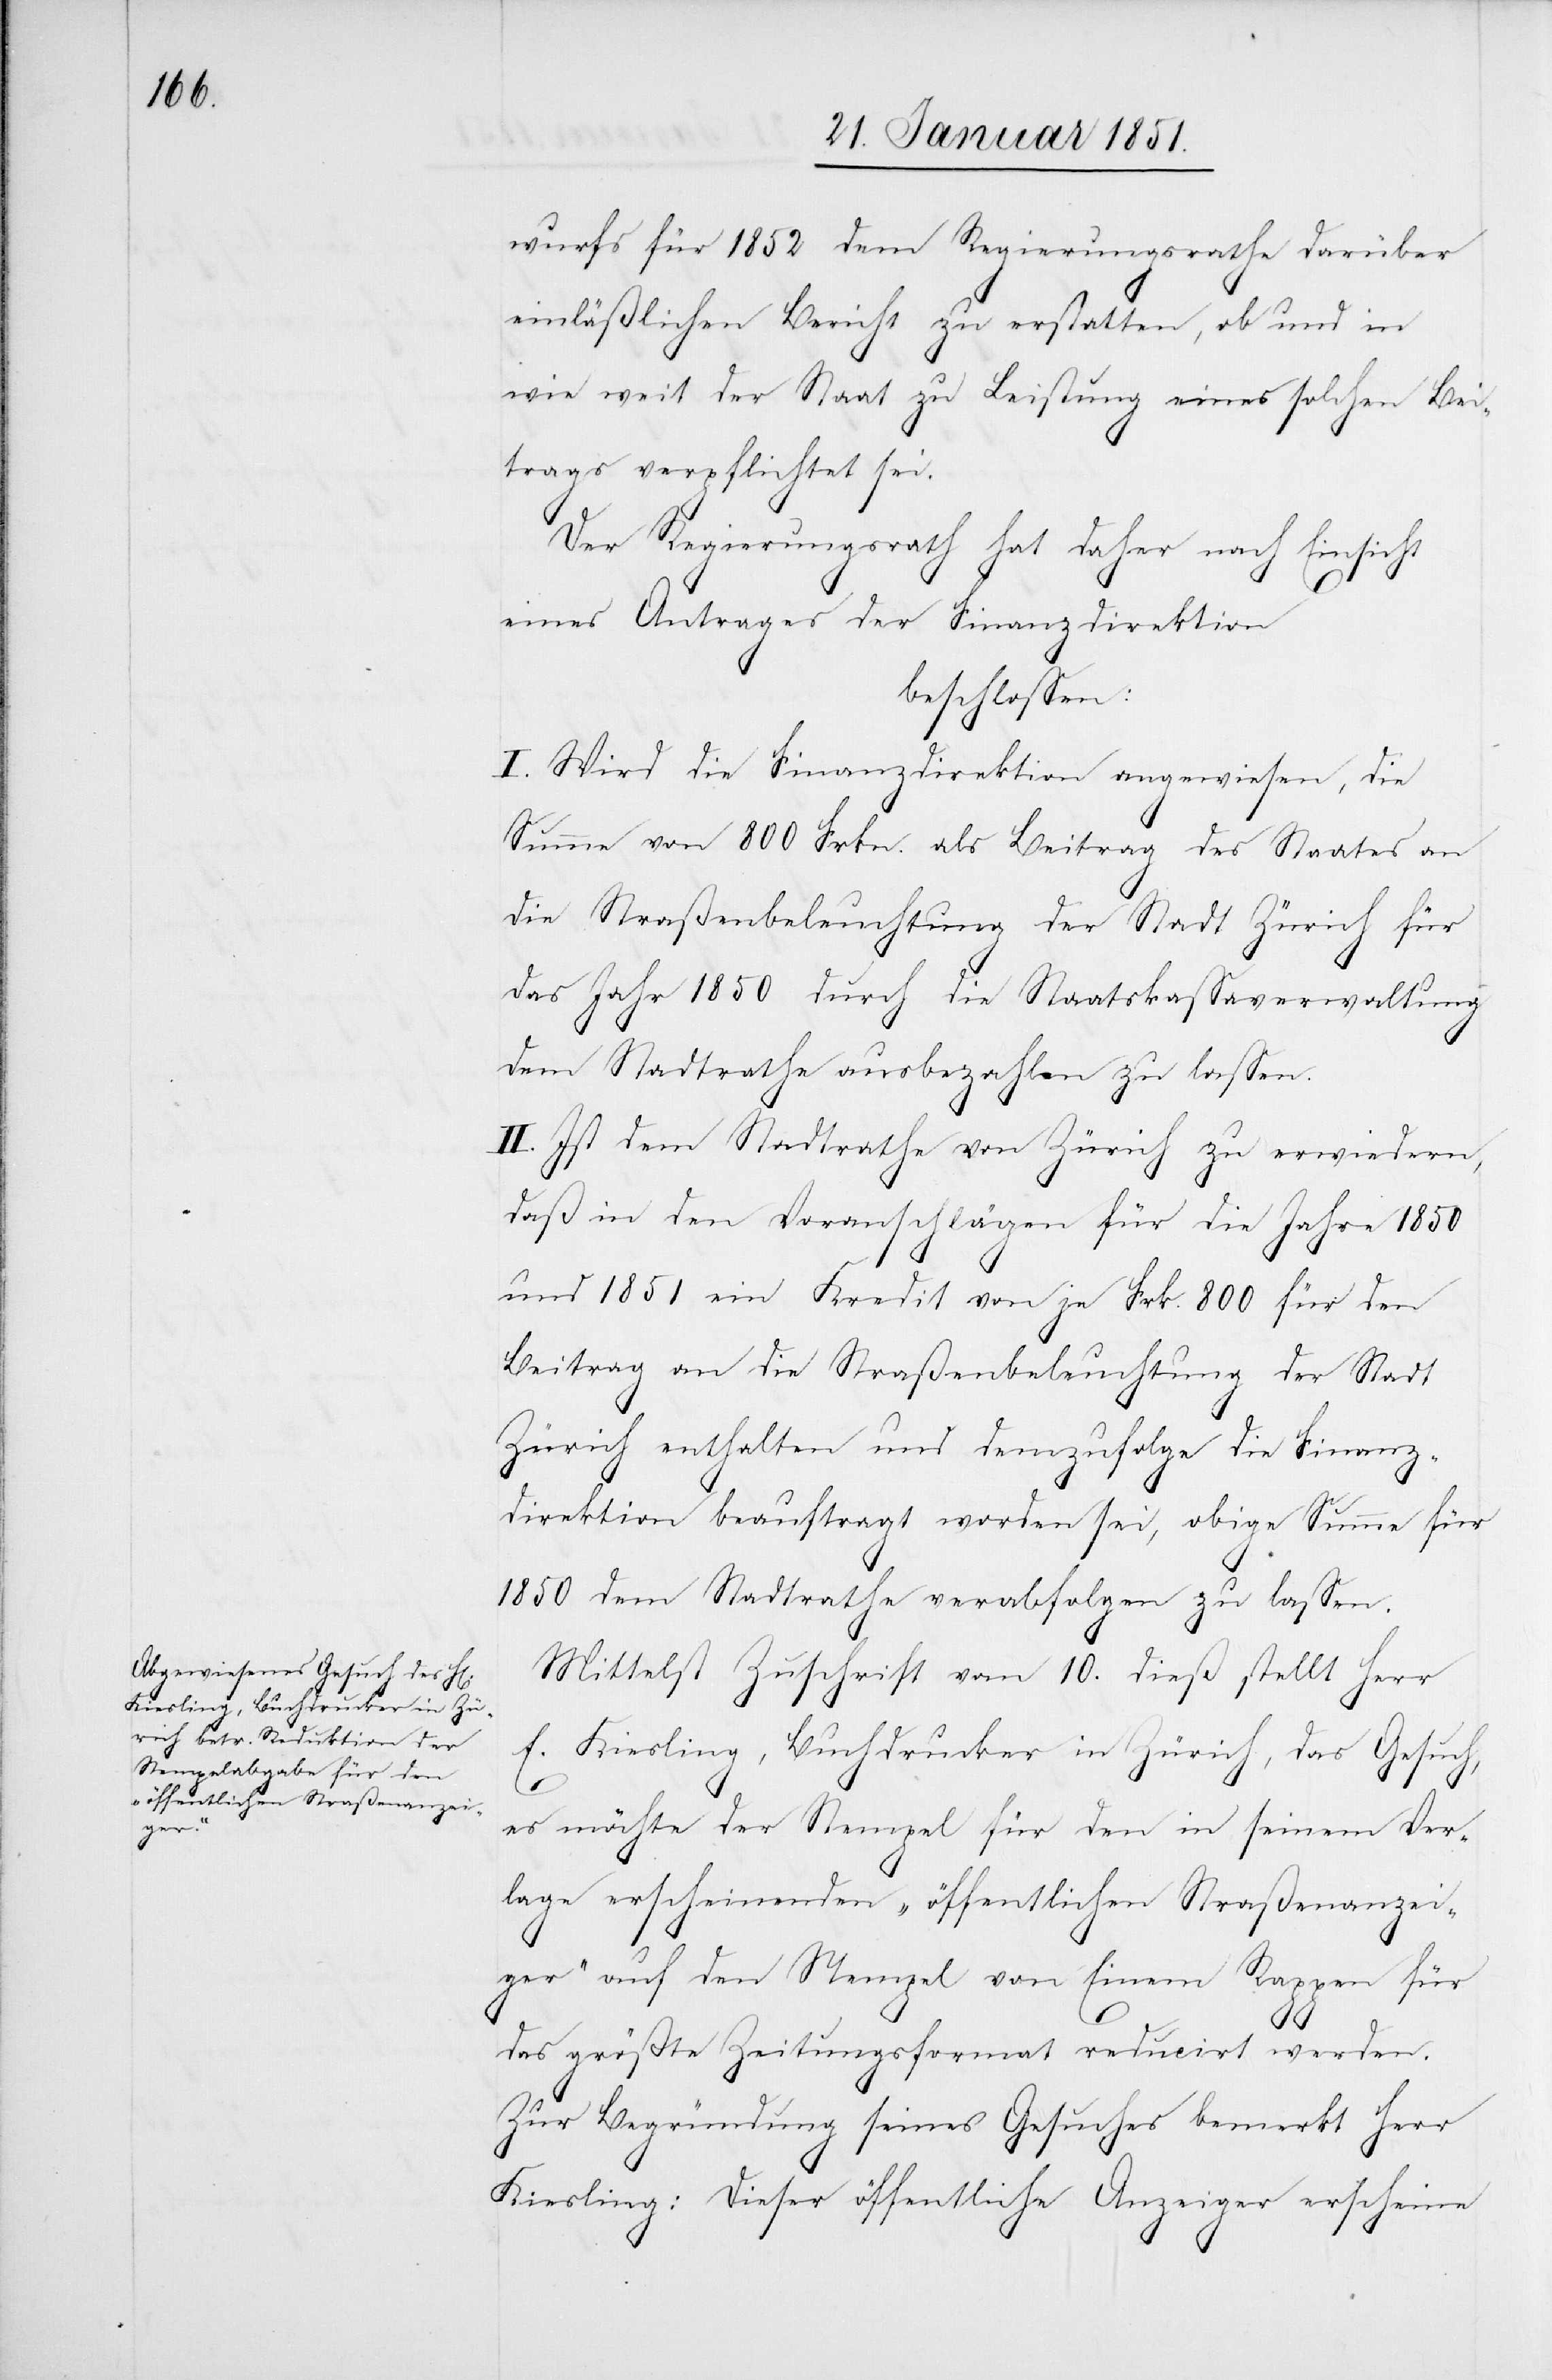
wurfs für 1852 dem Regierungsrathe darüber
einläßlichen Bericht zu erstatten, ob und in
wie weit der Staat zu Leistung eines solchen Bei¬
trags verpflichtet sei.
Der Regierungsrath hat daher nach Einsicht
eines Antrages der Finanzdirektion
beschlossen:
I. Wird die Finanzdirektion angewiesen, die
Summe von 800 Frkn. als Beitrag des Staates an
die Straßenbeleuchtung der Stadt Zürich für
das Jahr 1850 durch die Staatskassaverwaltung
dem Stadtrathe ausbezahlen zu lassen.
II. Ist dem Stadtrathe von Zürich zu erwiedern,
daß in den Voranschlägen für die Jahre 1850
und 1851 ein Kredit von je Frk. 800 für den
Beitrag an die Straßenbeleuchtung der Stadt
Zürich enthalten und demzufolge die Finanz¬
direktion beauftragt worden sei, obige Summe für
1850 dem Stadtrathe verabfolgen zu lassen.
Mittelst Zuschrift vom 10. dieß stellt Herr
E. Kiesling, Buchdrucker in Zürich, das Gesuch,
es möchte der Stempel für den in seinem Ver¬
lage erscheinenden „öffentlichen Straßenanzei¬
ger“ auf den Stempel von Einem Rappen für
das größte Zeitungsformat reducirt werden.
Zur Begründung seines Gesuches bemerkt Herr
Kiesling: Dieser öffentliche Anzeiger erscheine